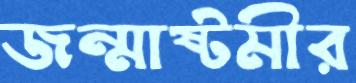
জন্মাষ্টমীর